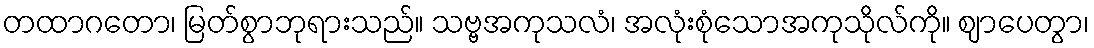
တထာဂတော၊ မြတ်စွာဘုရားသည်။ သဗ္ဗအကုသလံ၊ အလုံးစုံသောအကုသိုလ်ကို။ ဈာပေတွာ၊